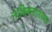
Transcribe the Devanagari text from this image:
नाशिकसारख्या